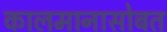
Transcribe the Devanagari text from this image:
कालमानासोबत